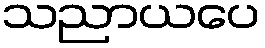
သညာယပေ